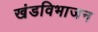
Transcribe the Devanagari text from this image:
खंडविभाजन